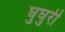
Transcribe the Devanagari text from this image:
घुघुरी